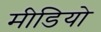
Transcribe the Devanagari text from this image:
मीडियो